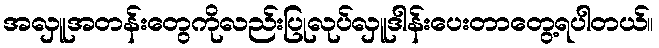
အလှူအတန်းတွေကိုလည်းပြုလုပ်လှူဒါန်းပေးတာတွေ့ရပါတယ်။